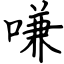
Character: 嗛